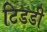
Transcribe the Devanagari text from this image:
टिडडी